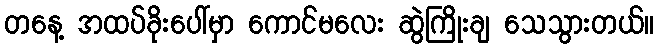
တနေ့ အထပ်ခိုးပေါ်မှာ ကောင်မလေး ဆွဲကြိုးချ သေသွားတယ်။